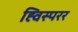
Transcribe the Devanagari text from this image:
ह्विस्परर